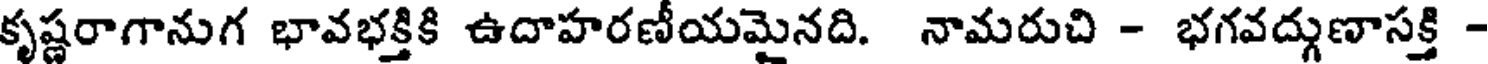
కృష్ణరాగానుగ భావభక్తికి ఉదాహరణీయమైనది. నామరుచి - భగవద్గుణాసక్తి -